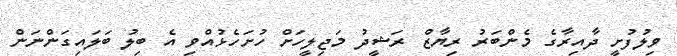
ވިލުފުށީ ދާއިރާގެ މެންބަރު ރިޔާޒް ރަޝީދު މަޖިލީހަށް ހުށަހެޅުއްވި އެ ބިލު ބަލައިގަންނަން